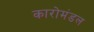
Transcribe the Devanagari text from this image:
कारोमंडल